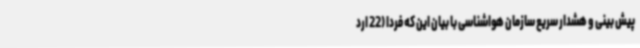
پیش بینی و هشدار سریع سازمان هواشناسی با بیان این که فردا (22 ارد